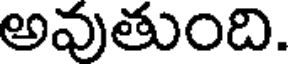
అవుతుంది.